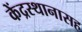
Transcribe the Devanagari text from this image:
केंद्रस्थानासह